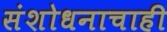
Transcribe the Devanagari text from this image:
संशोधनाचाही